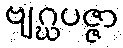
ဗျဂ္ဃပဇ္ဇာ